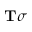
\mathbf { T } \sigma